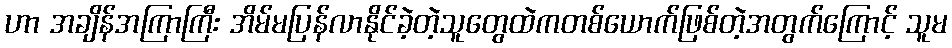
ဟာ အချိန်အကြာကြီး အိမ်မပြန်လာနိုင်ခဲ့တဲ့သူတွေထဲကတစ်ယောက်ဖြစ်တဲ့အတွက်ကြောင့် သူမ